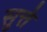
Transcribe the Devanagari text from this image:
सुत्ते